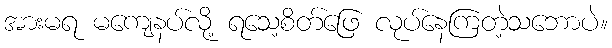
အားမရ မကျေနပ်လို့ ရသေ့စိတ်ဖြေ လုပ်နေကြတဲ့သဘောပဲ။